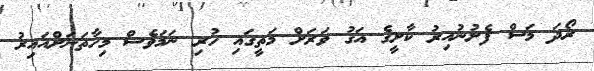
ރޯދަ މަސް ފެށުނުއިރު ކާށީގެ އަގު ވަރަށް މަތީގައި ހުރި ނަމަވެސް މިހާތަނަށްއައިރު